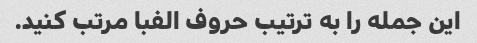
این جمله را به ترتیب حروف الفبا مرتب کنید.